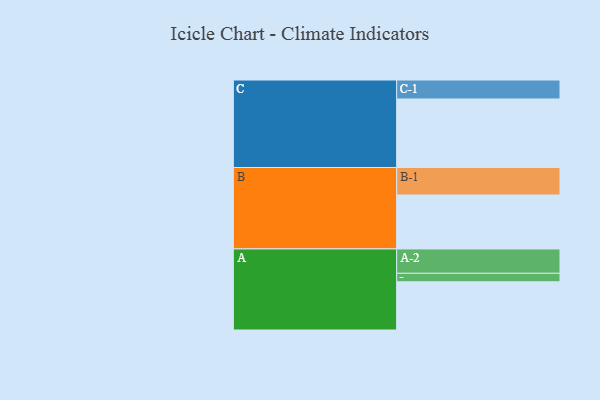
{"axis": {"x": "Segment", "y": "Value"}, "legend": ["", "A", "B", "C"], "data": [{"x": "A", "y": 396, "type": ""}, {"x": "B", "y": 443, "type": ""}, {"x": "C", "y": 563, "type": ""}, {"x": "A-1", "y": 70, "type": "A"}, {"x": "A-2", "y": 200, "type": "A"}, {"x": "B-1", "y": 226, "type": "B"}, {"x": "C-1", "y": 156, "type": "C"}]}